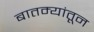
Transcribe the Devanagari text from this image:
बातम्यांतून